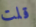
قلت